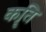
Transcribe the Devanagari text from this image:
कॄति